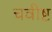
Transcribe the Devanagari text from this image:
चवीष्ट